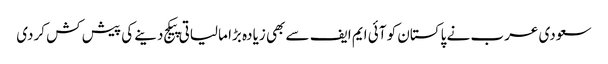
سعودی عرب نے پاکستان کو آئی ایم ایف سے بھی زیادہ بڑا مالیاتی پیکج دینے کی پیش کش کردی